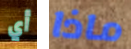
أي ماذا